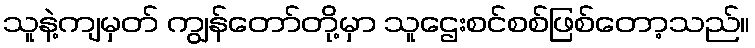
သူနဲ့ကျမှတ် ကျွန်တော်တို့မှာ သူဌေးစင်စစ်ဖြစ်တော့သည်။